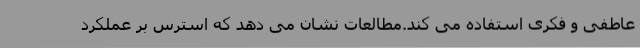
عاطفی و فکری استفاده می کند.مطالعات نشان می دهد که استرس بر عملکرد